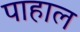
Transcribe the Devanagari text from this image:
पाहाल